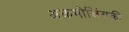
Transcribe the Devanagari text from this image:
अकमोलिंसकी